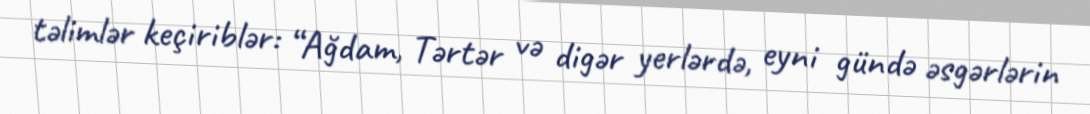
təlimlər keçiriblər: “Ağdam, Tərtər və digər yerlərdə, eyni gündə əsgərlərin